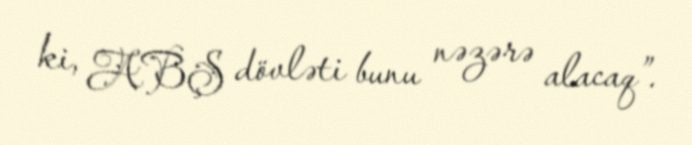
ki, ABŞ dövləti bunu nəzərə alacaq”.